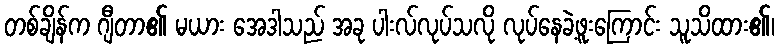
တစ်ချိန်က ဂျီတာ၏ မယား အေဒါသည် အခု ပါးလ်လုပ်သလို လုပ်နေခဲ့ဖူးကြောင်း သူသိထား၏၊